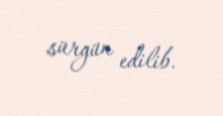
sürgün edilib.